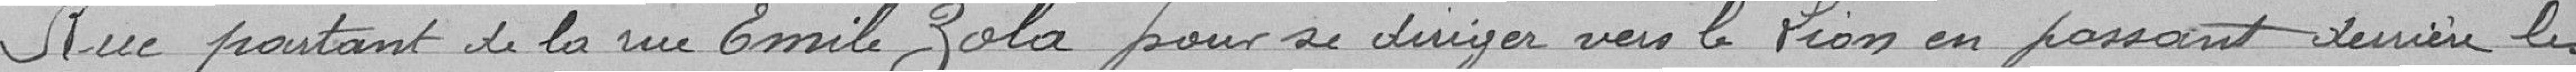
Rue partant de la rue Emile Zola pour se diriger vers le Lion en passant derrière les